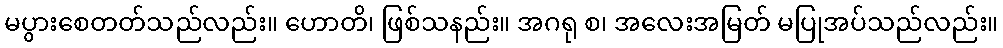
မပွားစေတတ်သည်လည်း။ ဟောတိ၊ ဖြစ်သနည်း။ အဂရု စ၊ အလေးအမြတ် မပြုအပ်သည်လည်း။